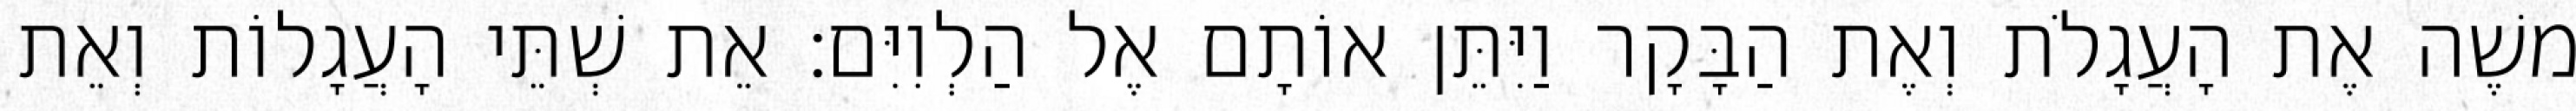
משֶׁה אֶת הָעֲגָלֹת וְאֶת הַבָּקָר וַיִּתֵּן אוֹתָם אֶל הַלְוִיִּם׃ אֵת שְׁתֵּי הָעֲגָלוֹת וְאֵת